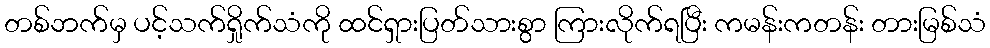
တစ်ဘက်မှ ပင့်သက်ရှိုက်သံကို ထင်ရှားပြတ်သားစွာ ကြားလိုက်ရပြီး ကမန်းကတန်း တားမြစ်သံ